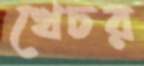
খেচর